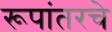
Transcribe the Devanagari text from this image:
रूपांतरचे